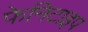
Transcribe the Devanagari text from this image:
फेनिटाइप